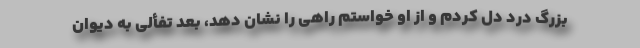
بزرگ درد دل کردم و از او خواستم راهی را نشان دهد، بعد تفألی به دیوان